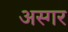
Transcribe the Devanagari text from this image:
अस्गर